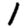
Digit: 1